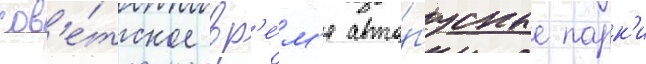
сов'е́тское вр'е́м'я авто́бусные парк'и